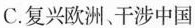
C. 复兴欧洲、干涉中国